Indian journal of veterinary science and animal husbandry - Volume 1,
Year: 1931
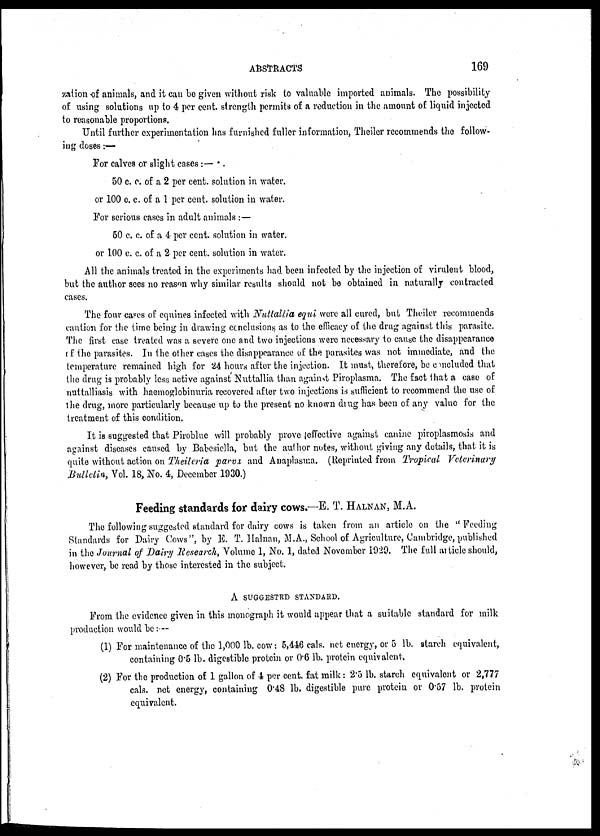
ABSTRACTS
169
zation of animals, and it can be given without risk to valuable imported animals. The possibility
of using solutions up to 4 per cent. strength permits of a reduction in the amount of liquid injected
to reasonable proportions.
Until further experimentation has furnished fuller information, Theiler recommends the follow-
ing doses :—
For calves or slight cases :—
50 c. c. of a 2 per cent. solution in water.
or 100 c. c. of a 1 per cent. solution in water.
For serious cases in adult animals:—
50 c. c. of a 4 per cent. solution in water.
or 100 c. c. of a 2 per cent. solution in water.
All the animals treated in the experiments had been infected by the injection of virulent blood,
but the author sees no reason why similar results should not be obtained in naturally contracted
cases.
The four cases of equines infected with Nuttallia equi were all cured, but Theiler recommends
caution for the time being in drawing conclusions as to the efficacy of the drug against this parasite.
The first case treated was a severe one and two injections were necessary to cause the disappearance
of the parasites. In the other cases the disappearance of the parasites was not immediate, and the
temperature remained high for 24 hours after the injection. It must, therefore, be concluded that
the drug is probably less active against Nuttallia than against Piroplasma. The fact that a case of
nuttalliasis with haemoglobinuria recovered after two injections is sufficient to recommend the use of
the drug, more particularly because up to the present no known drug has been of any value for the
treatment of this condition.
It is suggested that Piroblue will probably prove effective against canine piroplasmosis and
against diseases caused by Babesiella, but the author notes, without giving any details, that it is
quite without action on Theileria parva and Anaplasma. (Reprinted from Tropical Veterinary
Bulletin, Vol. 18, No. 4, December 1930.)
Feeding standards for dairy cows.—E. T. HALNAN, M.A.
The following suggested standard for dairy cows is taken from an article on the " Feeding
Standards for Dairy Cows ", by E. T. Halnan, M.A., School of Agriculture, Cambridge, published
in the Journal of Dairy Research, Volume 1, No. 1, dated November 1929. The full article should,
however, be read by those interested in the subject.
A SUGGESTED STANDARD.
From the evidence given in this monograph it would appear that a suitable standard for milk
production would be :--
(1) For maintenance of the 1,000 lb. cow: 5,446 cals. net energy, or 5 lb. starch equivalent,
containing 0.5 lb. digestible protein or 0.6 lb. protein equivalent.
(2) For the production of 1 gallon of 4 per cent. fat milk: 2.5 lb. starch equivalent or 2,777
cals. net energy, containing 0.48 lb. digestible pure protein or 0.57 lb. protein
equivalent.